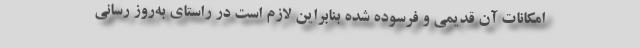
امکانات آن قدیمی و فرسوده شده بنابراین لازم است در راستای به‌روز رسانی